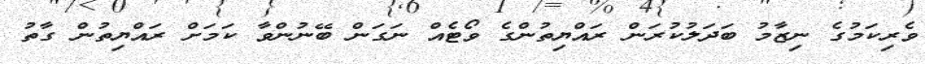
ވެރިކަމުގެ ނިޒާމު ބަދަލުކުރަން ރައްޔިތުންގެ ވޯޓެއް ނަގަން ބޭނުންވާ ކަމަށް ރައްޔިތުން ގާތު